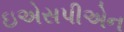
ઇએસપીએન